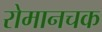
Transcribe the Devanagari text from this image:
रोमानचक